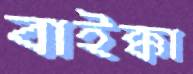
বাইক্কা